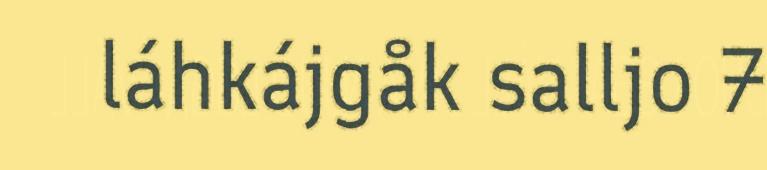
láhkájgåk salljo 7